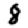
Digit: 8